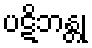
ပဋိဘန္တု